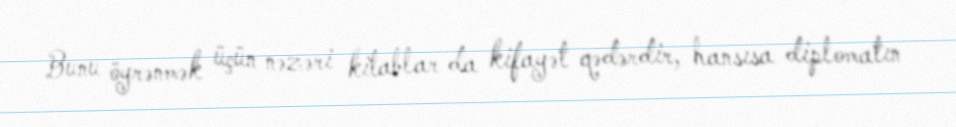
Bunu öyrənmək üçün nəzəri kitablar da kifayət qədərdir, hansısa diplomatın